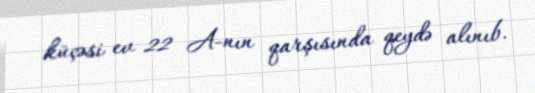
küçəsi ev 22 A-nın qarşısında qeydə alınıb.